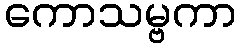
ကောသမ္ဗကာ